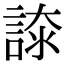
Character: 𧩚